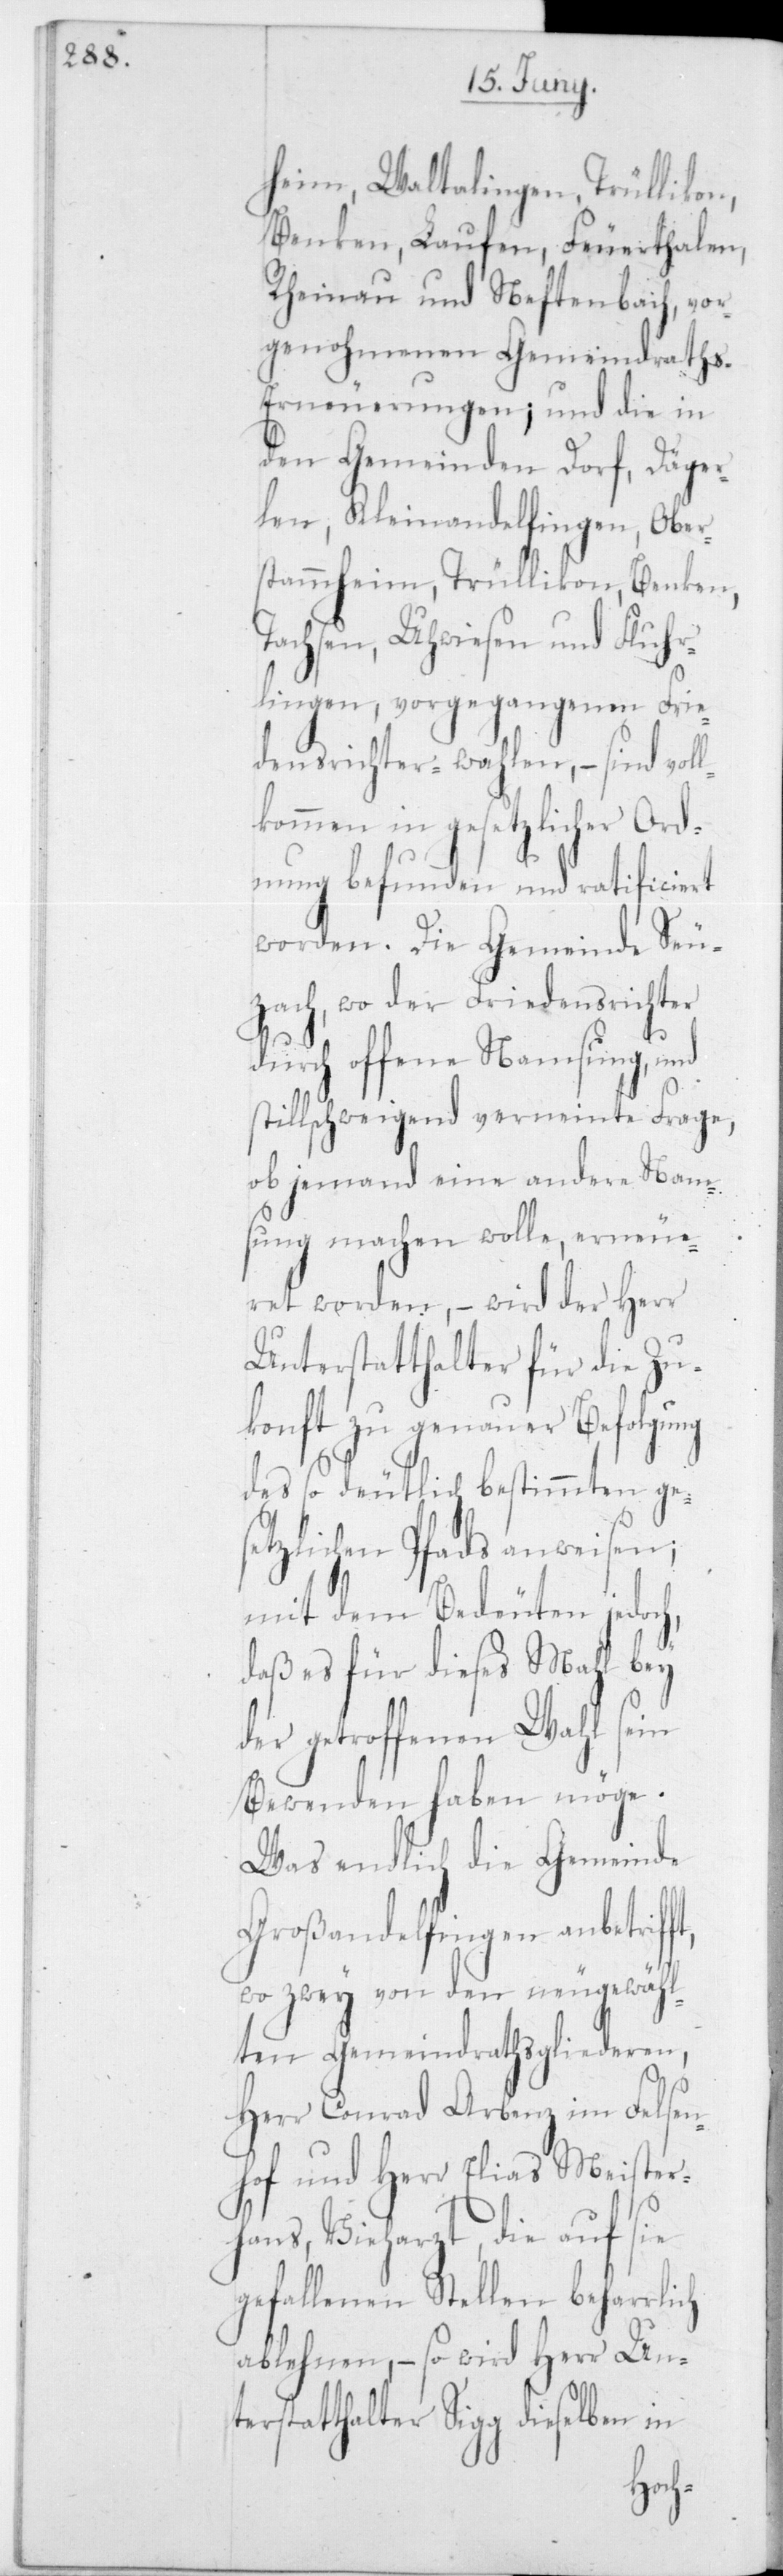
heim, Waltalingen, Trüllikon,
Benken, Laufen, Feuerthalen,
Rheinau und Neftenbach, vor¬
genohmenen Gemeindraths-E¬
rneuerungen; und die in
den Gemeinden Dorf, Däger¬
len, Kleinandelfingen, Ober¬
stammheim, Trüllikon, Benken,
Dachsen, Uhwiesen und Fluhr¬
lingen, vorgegangenen Frie¬
densrichter-Wahlen, – sind vol¬
kommen in gesetzlicher Ord¬
nung befunden und rathificiert
worden. Die Gemeinde Seu¬
zach, wo der Friedensrichter
durch offene Namsung und
stillschweigend verneinte Frage,
ob jemand eine andere Nam¬
sung machen wolle, erneue¬
ret worden, – wird der Herr
Unterstatthalter für die Zu¬
konft zu genauer Befolgung
des so deutlich bestimmten ge¬
setzlichen Pfads anweisen;
mit dem Bedeuten jedoch,
daß es für dieses Mahl bey
der getroffenen Wahl sein
Bewenden haben möge.
Was endlich die Gemeinde
Großandelfingen anbetrifft,
wo zwey von den neugewähl¬
ten Gemeindrathsgliederen,
Herr Conrad Arbenz im Felsen¬
hof, und Herr Elias Meister¬
hans, Vieharzt, die auf sie
gefallenen Stellen beharrlich
ablehnen, – so wird Herr Unt¬
erstatthalter Sigg dieselben in
l¬